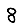
Digit: 8